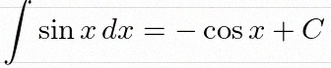
\int \sin x\,dx=-\cos x+C